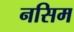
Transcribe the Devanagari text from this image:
नसिम